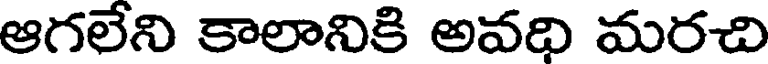
ఆగలేని కాలానికి అవధి మరచి